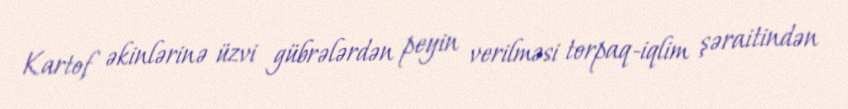
Kartof əkinlərinə üzvi gübrələrdən peyin verilməsi torpaq-iqlim şəraitindən